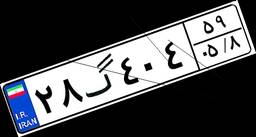
۰۶گ۲۲۵۷۵